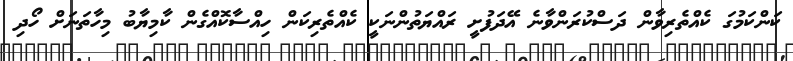
ކަންކަމުގަ ކެއްތެރިވާން ދަސްކުރަންވާނެ އޭދަފުށީ ރައްޔަތުންނަކީ ކެއްތެރިކަން ހިއްސާކޮއްގެން ކާމިޔާބު މިހާތަނަށް ހޯދި